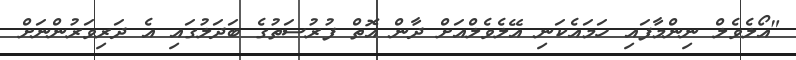
"އޯލެވެލް ނިންމާފައި ހަމައެކަނި އޭލެވެލްއަށް ދާން އޮތް ފުރުސަތުގެ ބަދަލުގައި އެ ދަރިވަރުންނަށް